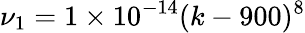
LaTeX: \nu_{1}=1\times 10^{-14}(k-900)^{8}